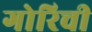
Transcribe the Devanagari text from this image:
गोरिची